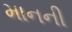
માનની